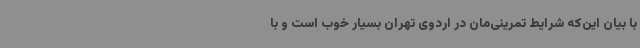
با بیان این‌که شرایط تمرینی‌مان در اردوی تهران بسیار خوب است و با